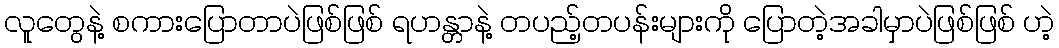
လူတွေနဲ့ စကားပြောတာပဲဖြစ်ဖြစ် ရဟန္တာနဲ့ တပည့်တပန်းများကို ပြောတဲ့အခါမှာပဲဖြစ်ဖြစ် ဟဲ့